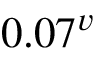
0 . 0 7 ^ { v }